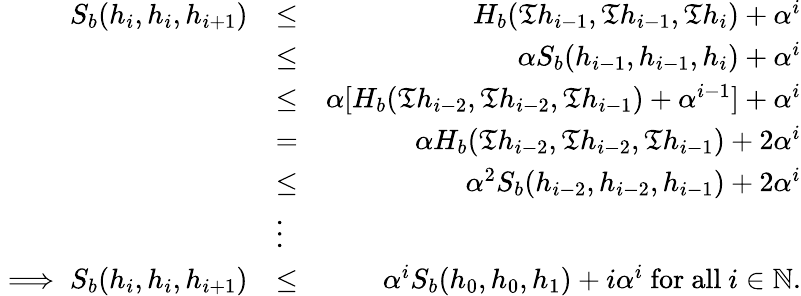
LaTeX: \begin{array}{rlr}{S_{b}(h_{i},h_{i},h_{i+1})}&{\leq}&{H_{b}(\mathfrak{T}h_{i-1},\mathfrak{T}h_{i-1},\mathfrak{T}h_{i})+\alpha^{i}}\\ &{\leq}&{\alpha S_{b}(h_{i-1},h_{i-1},h_{i})+\alpha^{i}}\\ &{\leq}&{\alpha[H_{b}(\mathfrak{T}h_{i-2},\mathfrak{T}h_{i-2},\mathfrak{T}h_{i-1})+\alpha^{i-1}]+\alpha^{i}}\\ &{=}&{\alpha H_{b}(\mathfrak{T}h_{i-2},\mathfrak{T}h_{i-2},\mathfrak{T}h_{i-1})+2\alpha^{i}}\\ &{\leq}&{\alpha^{2}S_{b}(h_{i-2},h_{i-2},h_{i-1})+2\alpha^{i}}\\ &{\vdots}&\\ {\implies S_{b}(h_{i},h_{i},h_{i+1})}&{\leq}&{\alpha^{i}S_{b}(h_{0},h_{0},h_{1})+i\alpha^{i}~\mathrm{for~all}~i\in\mathbb{N}.}\end{array}